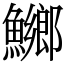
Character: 鱜